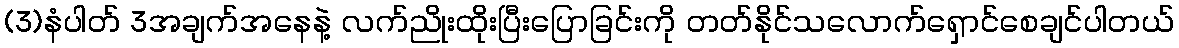
(3)နံပါတ် 3အချက်အနေနဲ့ လက်ညိုးထိုးပြီးပြောခြင်းကို တတ်နိုင်သလောက်ရှောင်စေချင်ပါတယ်